Report of the King Institute of Preventive Medicine, Guindy
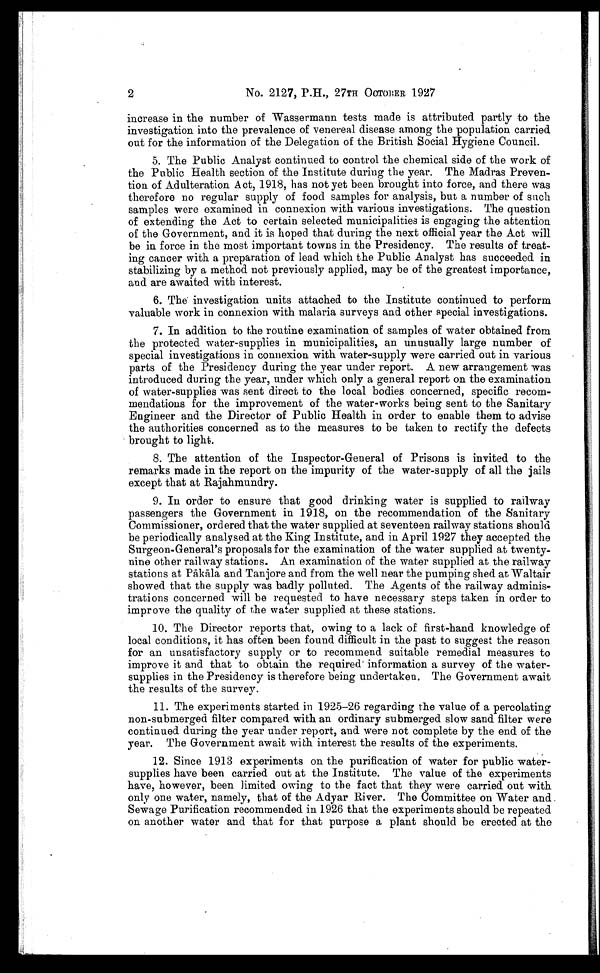
2
No. 2127, P.11., 27TH OCTOBER 1927
increase in the number of Wassermann tests made is attributed. partly to the
investigation into the prevalence of venereal disease among the population. carried
out for the information of the Delegation of the British Social Hygiene Council.
5. The Public Analyst continued to control the chemical side of the work of
the Public Health section of the Institute during the year. The Madras Preven-
tion of Adulteration Act, 1918, has not yet been brought into force, and there was
therefore no regular supply of food samples for analysis, but a number of such
samples were examined in connexion with various investigations. The question
of extending the Act to certain selected municipalities is engaging the attention
of the Government, and it is hoped that during the next official year the Act will
be in force in the most important towns in the Presidency. The results of treat-
ing cancer with a preparation of lead which the Public Analyst has succeeded in
stabilizing by a method not previously applied, may be of the greatest importance,
and are awaited with interest.
6. The investigation units attached to the Institute continued to perform
valuable work in connexion with malaria surveys and other special investigations.
7. In addition to the routine examination of samples of water obtained from
the protected water-supplies in municipalities, an unusually large number of
special investigations in connexion with water-supply were carried out in various
parts of the Presidency during the year under report. A new arrangement was
introduced during the year, under which only a general report on the examination
of water-supplies was sent direct to the local bodies concerned, specific recom-
mendations for the improvement of the water-works being sent to the Sanitary
Engineer and the Director of Public Health in order to enable them to advise
the authorities concerned as to the measures to be taken to rectify the defects
brought to light.
8. The attention of the Inspector-General of Prisons is invited to the
remarks made in the report on the impurity of the water-supply of all the jails
except that at Rajahmundry.
9. In order to ensure that good drinking water is supplied to railway-
passengers the Government in 1918, on the recommendation of the Sanitary
Commissioner, ordered that the water supplied at seventeen railway stations should
be periodically analysed at the King Institute, and in April 1927 they accepted the
Surgeon-General's proposals for the examination of the water supplied at twenty-
nine other railway stations. An examination of the water supplied at the railway
stations at Palthla and Tanjore and from the well near the pumping shed at Waltair
showed that the supply was badly polluted. The Agents of the railway adminis-
trations concerned will be requested to have necessary steps taken in order to
improve the quality of the water supplied at these stations.
10. The Director reports that, owing to a lack of first-hand knowledge of
local conditions, it has often been found difficult in the past to suggest the reason
for an unsatisfactory supply or to recommend suitable remedial measures to
improve it and that to obtain the required' information a survey of the water-
supplies in the Presidency is therefore being undertaken. The Government await
the results of the survey.
11. The experiments started in 1925-26 regarding the value of a percolating
non-submerged filter compared with an ordinary submerged slow sand filter were
continued during the year under report, and were not complete by the end. of the
year. The Government await with interest the results of the experiments.
12. Since 1913 experiments on the purification of water for public water-
supplies have been carried out at the Institute. The value of the experiments
have, however, been limited owing to the fact that they were carried out with
only one water, namely, that of the Adyar River. The Committee on Water and .
Sewage Purification recommended in 1926 that the experiments should be repeated
on another water and that for that purpose a plant should be erected at the